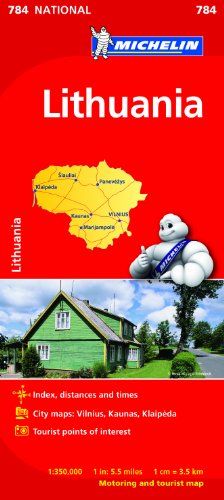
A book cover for Lithuania (Michelin National Maps); Travel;